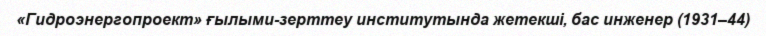
«Гидроэнергопроект» ғылыми-зерттеу институтында жетекші, бас инженер (1931–44)